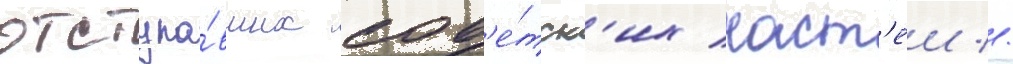
отступа́вших сов'е́тск'их част'еи //